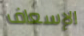
الإسعاف